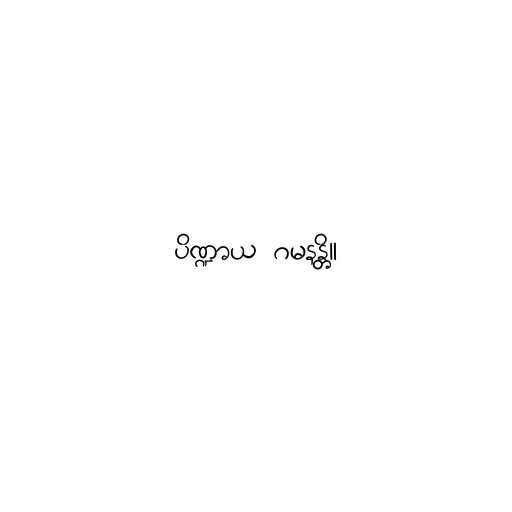
ပိဏ္ဍာယ ဂမနန္တိ။